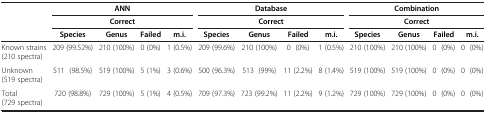
| <ROWSPAN=3>  | <COLSPAN=4> ANN | <COLSPAN=4> Database | <COLSPAN=4> Combination |
 | <COLSPAN=4> Correct | <COLSPAN=4> Correct | <COLSPAN=4> Correct |
 | Species | Genus | Failed | m.i. | Species | Genus | Failed | m.i. | Species | Genus | Failed | m.i. |
 | --- | --- | --- | --- | --- | --- | --- | --- | --- | --- | --- | --- | --- |
 | Known strains (210 spectra) | 209 (99.52%) | 210 (100%) | 0 (0%) | 1 (0.5%) | 209 (99.6%) | 210 (100%) | 0 (0%) | 1 (0.5%) | 210 (100%) | 210 (100%) | 0 (0%) | 0 (0%) |
 | Unknown (519 spectra) | 511 (98.5%) | 519 (100%) | 5 (1%) | 3 (0.6%) | 500 (96.3%) | 513 (99%) | 11 (2.2%) | 8 (1.4%) | 519 (100%) | 519 (100%) | 0 (0%) | 0 (0%) |
 | Total (729 spectra) | 720 (98.8%) | 729 (100%) | 5 (1%) | 4 (0.5%) | 709 (97.3%) | 723 (99.2%) | 11 (2.2%) | 9 (1.2%) | 729 (100%) | 729 (100%) | 0 (0%) | 0 (0%) |